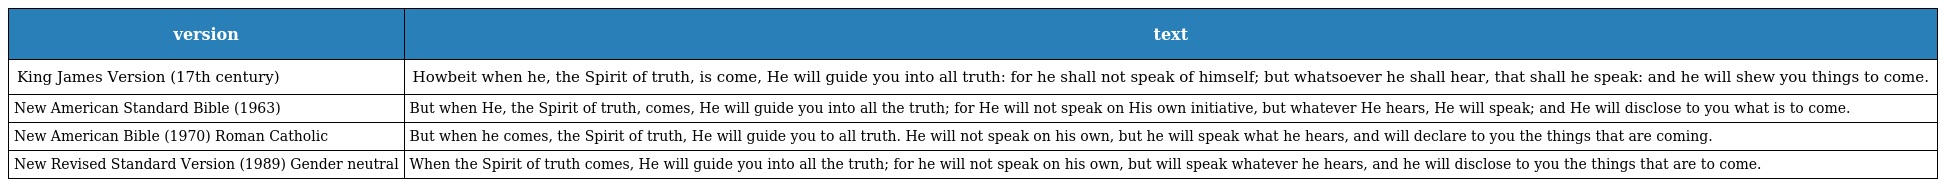
| version | text |
 | --- | --- |
 | King James Version (17th century) | Howbeit when he, the Spirit of truth, is come, He will guide you into all truth: for he shall not speak of himself; but whatsoever he shall hear, that shall he speak: and he will shew you things to come. |
 | New American Standard Bible (1963) | But when He, the Spirit of truth, comes, He will guide you into all the truth; for He will not speak on His own initiative, but whatever He hears, He will speak; and He will disclose to you what is to come. |
 | New American Bible (1970) Roman Catholic | But when he comes, the Spirit of truth, He will guide you to all truth. He will not speak on his own, but he will speak what he hears, and will declare to you the things that are coming. |
 | New Revised Standard Version (1989) Gender neutral | When the Spirit of truth comes, He will guide you into all the truth; for he will not speak on his own, but will speak whatever he hears, and he will disclose to you the things that are to come. |